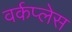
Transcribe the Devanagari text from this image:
वर्कप्लेस